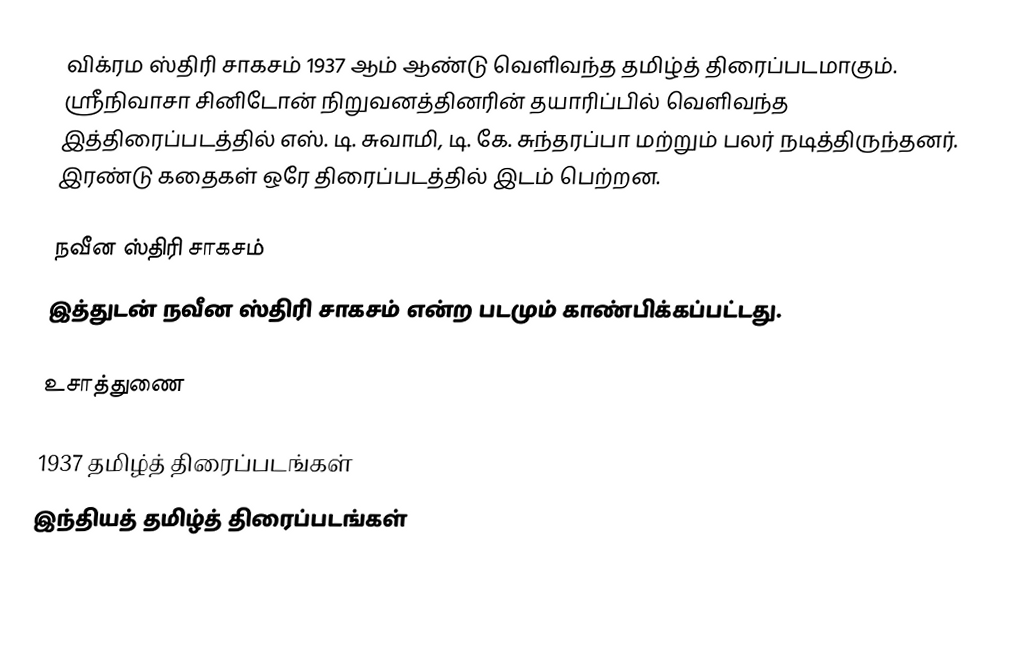
விக்ரம ஸ்திரி சாகசம் 1937 ஆம் ஆண்டு வெளிவந்த தமிழ்த் திரைப்படமாகும். ஸ்ரீநிவாசா சினிடோன் நிறுவனத்தினரின் தயாரிப்பில் வெளிவந்த இத்திரைப்படத்தில் எஸ். டி. சுவாமி, டி. கே. சுந்தரப்பா மற்றும் பலர் நடித்திருந்தனர். இரண்டு கதைகள் ஒரே திரைப்படத்தில் இடம் பெற்றன.

நவீன ஸ்திரி சாகசம்
இத்துடன் நவீன ஸ்திரி சாகசம் என்ற படமும் காண்பிக்கப்பட்டது.

உசாத்துணை

1937 தமிழ்த் திரைப்படங்கள்
இந்தியத் தமிழ்த் திரைப்படங்கள்